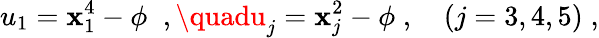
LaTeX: u_{1}=\mathbf{x}_{1}^{4}-\phi\; \; ,\quadu_{j}=\mathbf{x}_{j}^{2}-\phi\; ,\quad(j=3,4,5)\; ,